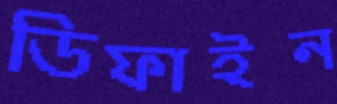
ডিফাইন